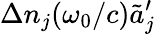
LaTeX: \Delta n_{j}(\omega_{0}/c)\tilde{a}_{j}^{\prime}